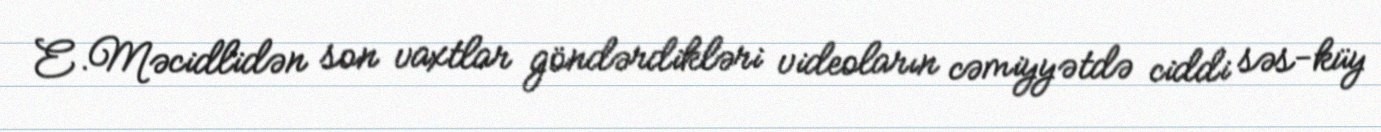
E.Məcidlidən son vaxtlar göndərdikləri videoların cəmiyyətdə ciddi səs-küy